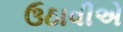
ઉઠાવીએ